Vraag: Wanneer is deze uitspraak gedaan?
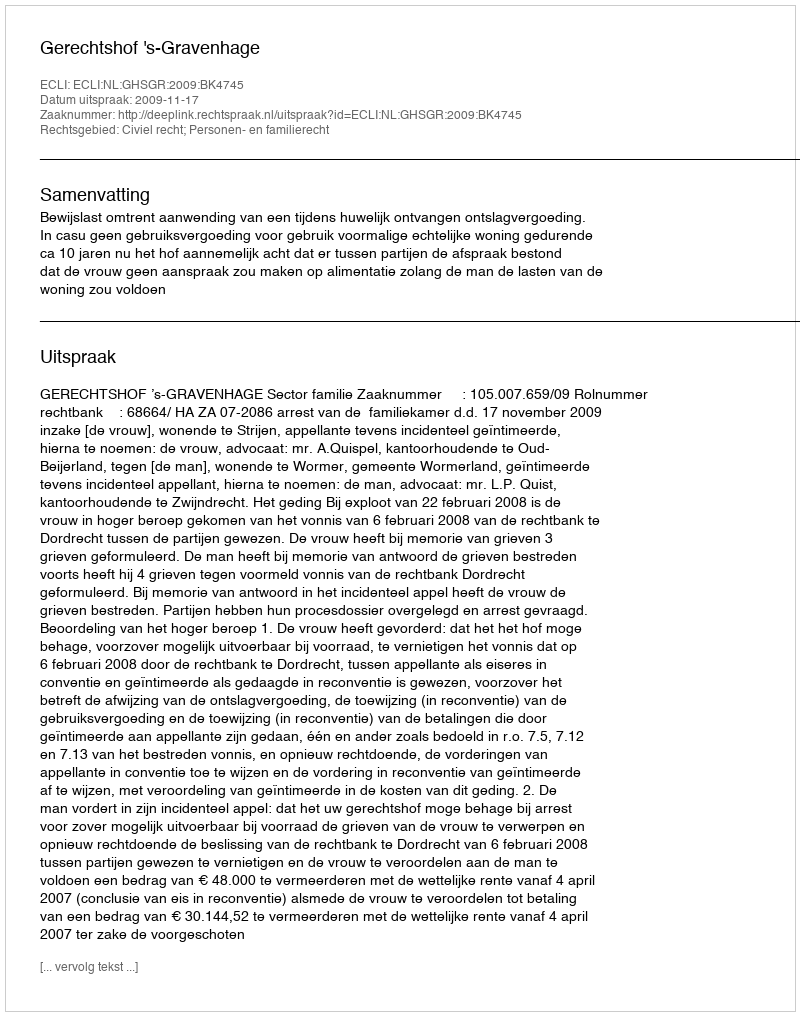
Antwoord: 2009-11-17